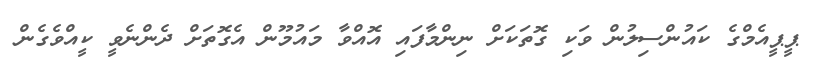
ޕީޕީއެމްގެ ކައުންސިލުން ވަކި ގޮތަކަށް ނިންމާފައި އޮއްވާ މައުމޫން އެގޮތަށް ދެންނެވީ ކީއްވެގެން